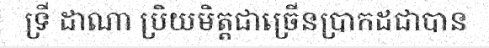
ទ្រី ដាណា ប្រិយមិត្តជាច្រើនប្រាកដជាបាន